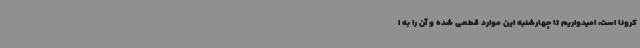
کرونا است، امیدواریم‌ تا چهارشنبه این موارد قطعی شده و آن را به ا